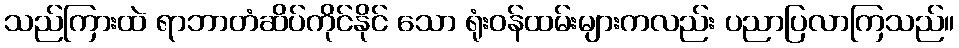
သည်ကြားထဲ ရာဘာတံဆိပ်ကိုင်နိုင် သော ရုံးဝန်ထမ်းများကလည်း ပညာပြလာကြသည်။